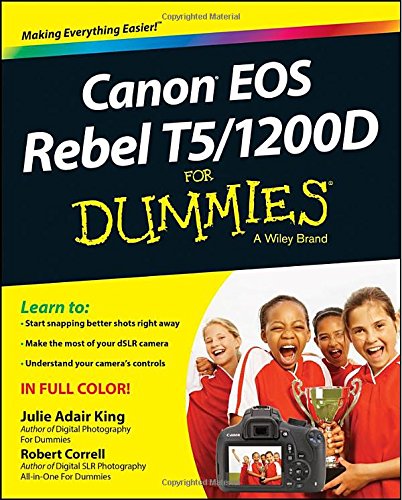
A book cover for Canon EOS Rebel T5/1200D For Dummies; Julie Adair King; Arts & Photography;